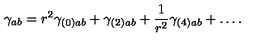
\gamma _ { a b } = r ^ { 2 } \gamma _ { ( 0 ) a b } + \gamma _ { ( 2 ) a b } + \frac { 1 } { r ^ { 2 } } \gamma _ { ( 4 ) a b } + \ldots .